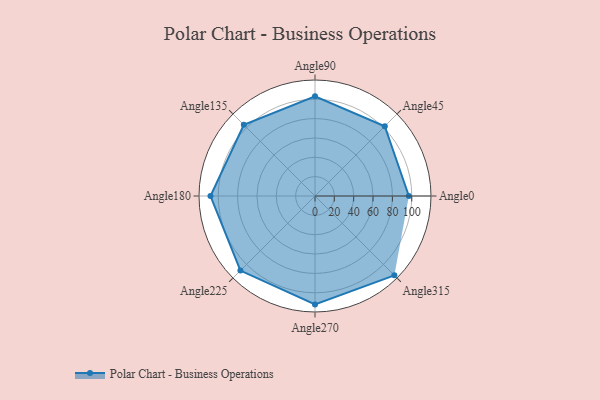
{"axis": {"x": "Angle", "y": "Radius"}, "legend": [""], "data": [{"x": "Angle0", "y": 97.0, "type": ""}, {"x": "Angle45", "y": 102.0, "type": ""}, {"x": "Angle90", "y": 103.0, "type": ""}, {"x": "Angle135", "y": 104.0, "type": ""}, {"x": "Angle180", "y": 108.0, "type": ""}, {"x": "Angle225", "y": 109.0, "type": ""}, {"x": "Angle270", "y": 112.0, "type": ""}, {"x": "Angle315", "y": 116.0, "type": ""}]}